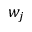
w _ { j }